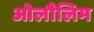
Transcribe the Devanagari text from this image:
ओलौलिम